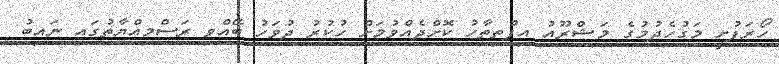
ހޯރަފުށީ މަގުހެދުމުގެ މަޝްރޫއު އިފްތިތާހު ކޮށްދެއްވުމަށް ހުކުރު ދުވަހު ބޭއްވި ރަސްމިއްޔާތުގައި ނައިބު